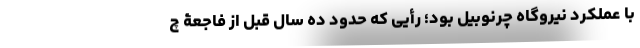
با عملکرد نیروگاه چرنوبیل بود؛ رأیی که حدود ده سال قبل از فاجعۀ چ